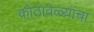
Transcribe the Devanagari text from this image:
कोठावळ्यांचा